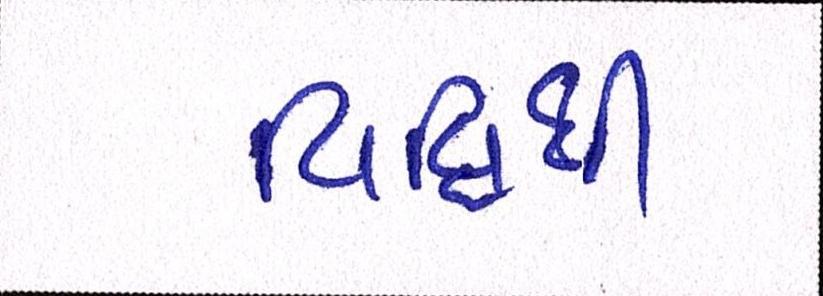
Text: વિધિથી